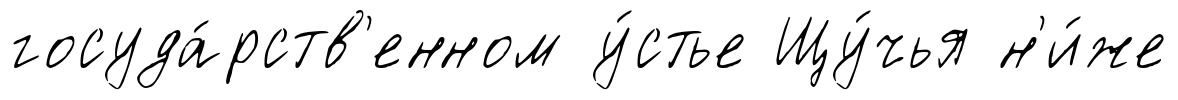
госуда́рств'енном у́стье Щу́чья н'и́же